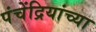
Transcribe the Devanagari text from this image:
पंचेंद्रियांच्या